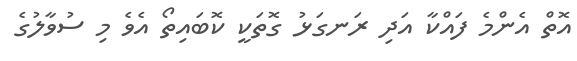
އޮތް އެންމެ ފައްކާ އަދި ރަނގަޅު ގޮތަކީ ކޮބައިތޯ އެވެ މި ސުވާލުގެ